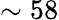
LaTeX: \sim 58